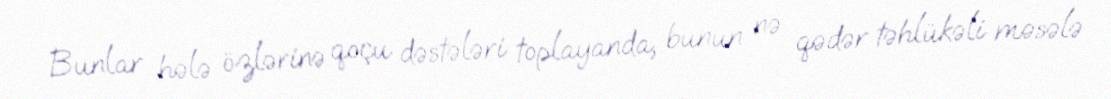
Bunlar hələ özlərinə qoçu dəstələri toplayanda, bunun nə qədər təhlükəli məsələ